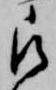
被